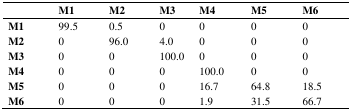
<table><thead><tr><td></td><td><b>M1</b></td><td><b>M2</b></td><td><b>M3</b></td><td><b>M4</b></td><td><b>M5</b></td><td><b>M6</b></td></tr></thead><tbody><tr><td><b>M1</b></td><td>99.5</td><td>0.5</td><td>0</td><td>0</td><td>0</td><td>0</td></tr><tr><td><b>M2</b></td><td>0</td><td>96.0</td><td>4.0</td><td>0</td><td>0</td><td>0</td></tr><tr><td><b>M3</b></td><td>0</td><td>0</td><td>100.0</td><td>0</td><td>0</td><td>0</td></tr><tr><td><b>M4</b></td><td>0</td><td>0</td><td>0</td><td>100.0</td><td>0</td><td>0</td></tr><tr><td><b>M5</b></td><td>0</td><td>0</td><td>0</td><td>16.7</td><td>64.8</td><td>18.5</td></tr><tr><td><b>M6</b></td><td>0</td><td>0</td><td>0</td><td>1.9</td><td>31.5</td><td>66.7</td></tr></tbody></table>